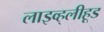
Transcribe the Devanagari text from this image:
लाइव्ह्‌लीहूड